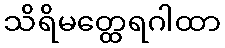
သိရိမတ္ထေရဂါထာ